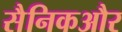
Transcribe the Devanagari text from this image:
सैनिकऔर